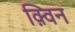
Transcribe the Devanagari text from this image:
क़्विन